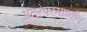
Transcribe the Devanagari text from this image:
अंतरपरमाण्वीय